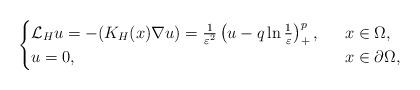
LaTeX: \begin{align*}\begin{cases}\mathcal{L}_Hu=-(K_H(x)\nabla u)=\frac{1}{\varepsilon^2} \left( u-q\ln\frac{1}{\varepsilon}\right) ^{p}_+,\ \ &x\in \Omega,\\u=0,\ \ &x\in\partial \Omega,\end{cases}\end{align*}